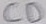
Text: CD